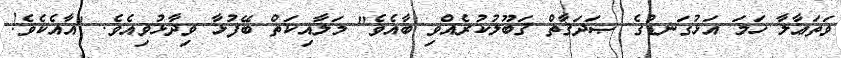
ވަތަޢާލާ ހަމަ އަޅުގަނޑުގެ ޞަދަޤާތް ޤަބޫލުކުރެއްވި ބާއެވެ" މަލާއިކަތް ބޭފުޅާ ވިދާޅުވިއެވެ. "އާއެކެވެ!